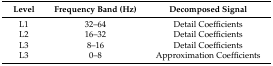
| Level | Frequency Band (Hz) | Decomposed Signal |
 | --- | --- | --- |
 | L1 | 32–64 | Detail Coefficients |
 | L2 | 16–32 | Detail Coefficients |
 | L3 | 8–16 | Detail Coefficients |
 | L3 | 0–8 | Approximation Coefficients |